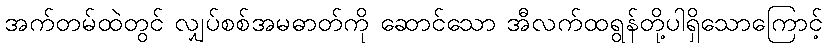
အက်တမ်ထဲတွင် လျှပ်စစ်အမဓာတ်ကို ဆောင်သော အီလက်ထရွန်တို့ပါရှိသောကြောင့်